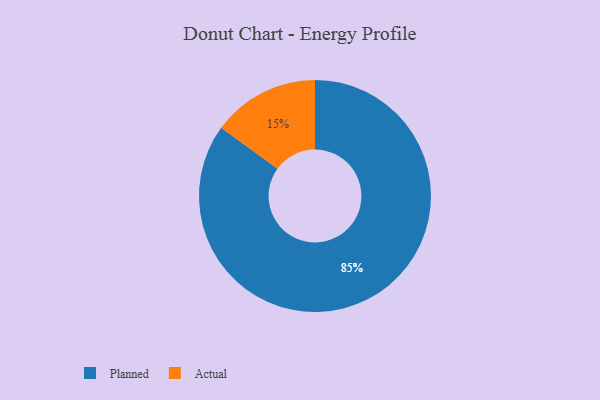
{"axis": {"x": "Category", "y": "Percentage"}, "legend": ["Actual", "Planned"], "data": [{"x": "Planned", "y": 85, "type": "Planned"}, {"x": "Actual", "y": 15, "type": "Actual"}]}